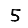
Digit: 5